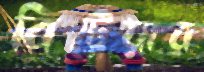
বিট্রেয়ার